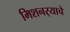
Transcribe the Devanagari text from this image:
मिशनर्‍याचे